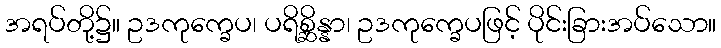
အရပ်တို့၌။ ဥဒကုက္ခေပ၊ ပရိစ္ဆိန္နာ၊ ဥဒကုက္ခေပဖြင့် ပိုင်းခြားအပ်သော။